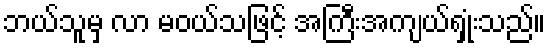
ဘယ်သူမှ လာ မဝယ်သဖြင့် အကြီးအကျယ်ရှုံးသည်။